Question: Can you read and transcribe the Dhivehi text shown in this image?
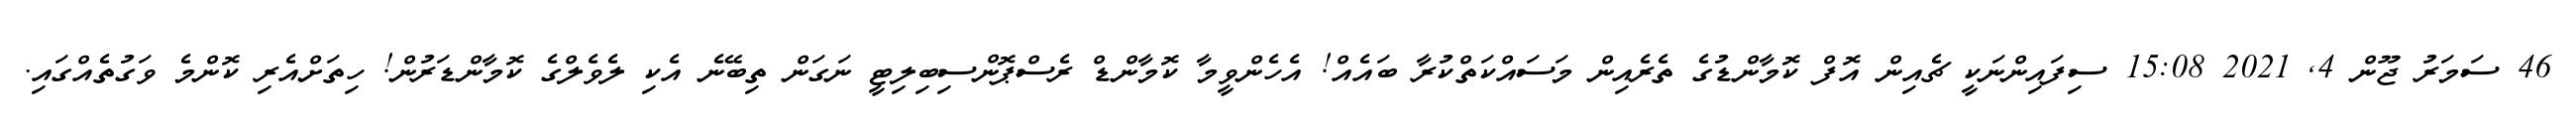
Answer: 46 ސަމަރު ޖޫން 4, 2021 15:08 ސިފައިންނަކީ ޗެއިން އޮފް ކޮމާންޑުގެ ތެރެއިން މަސައްކަތްކުރާ ބައެއް! އެހެންވީމާ ކޮމާންޑް ރެސްޕޮންސިބިލިޓީ ނަގަން ތިބޭނެ އެކި ލެވެލްގެ ކޮމާންޑަރުން! ހިތަށްއެރި ކޮންމެ ވަގުތެއްގައި.